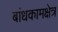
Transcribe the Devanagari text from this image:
बांधकामक्षेत्र